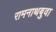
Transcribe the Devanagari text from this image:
रामनाथबुवा